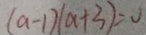
( a - 1 ) ( a + 3 ) = 0